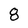
Character: 8